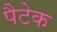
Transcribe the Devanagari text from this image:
पैटेक